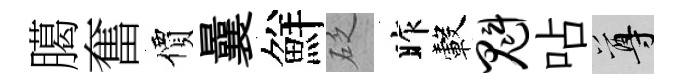
臈奮價曩鮮砭昨轂魁呫尊